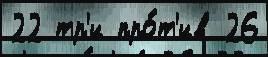
22 тр'и про́т'ив 26